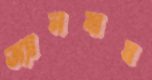
অ্যালবাম